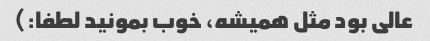
عالی بود مثل همیشه، خوب بمونید لطفا:)